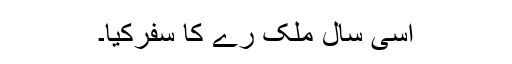
اسی سال ملک رے کا سفرکیا۔